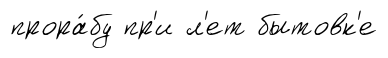
прора́бу пр'и л'ет бытовк'е